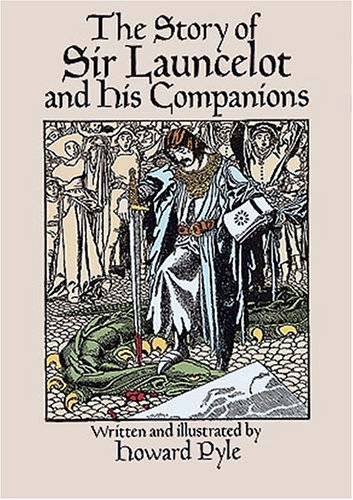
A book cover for The Story of Sir Launcelot and His Companions (Dover Children's Classics); Howard Pyle; Children's Books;